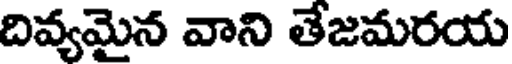
దివ్యమైన వాని తేజమరయ